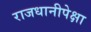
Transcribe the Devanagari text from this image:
राजधानीपेक्षा